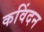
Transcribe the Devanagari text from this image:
कविंदन